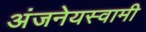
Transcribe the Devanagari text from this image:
अंजनेयस्‍वामी